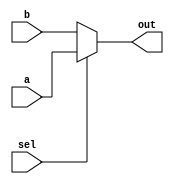
`timescale 1ns / 1ps
//////////////////////////////////////////////////////////////////////////////////
// Company: 
// Engineer: 
// 
// Design Name: 
// Module Name:    Mux 
// Project Name: 
// Target Devices: 
// Tool versions: 
// Description: 
//
// Dependencies: 
//
// Revision: 
// Revision 0.01 - File Created
// Additional Comments: 
//
//////////////////////////////////////////////////////////////////////////////////
module Mux(out, a, b, sel);

output[31:0] out;
input[31:0] a,b;
input sel;

reg[31:0] out;

always@(sel or a or b)begin
	if(sel == 1)begin
		out = a;
	end
	else begin
		out = b;
	end
end

endmodule